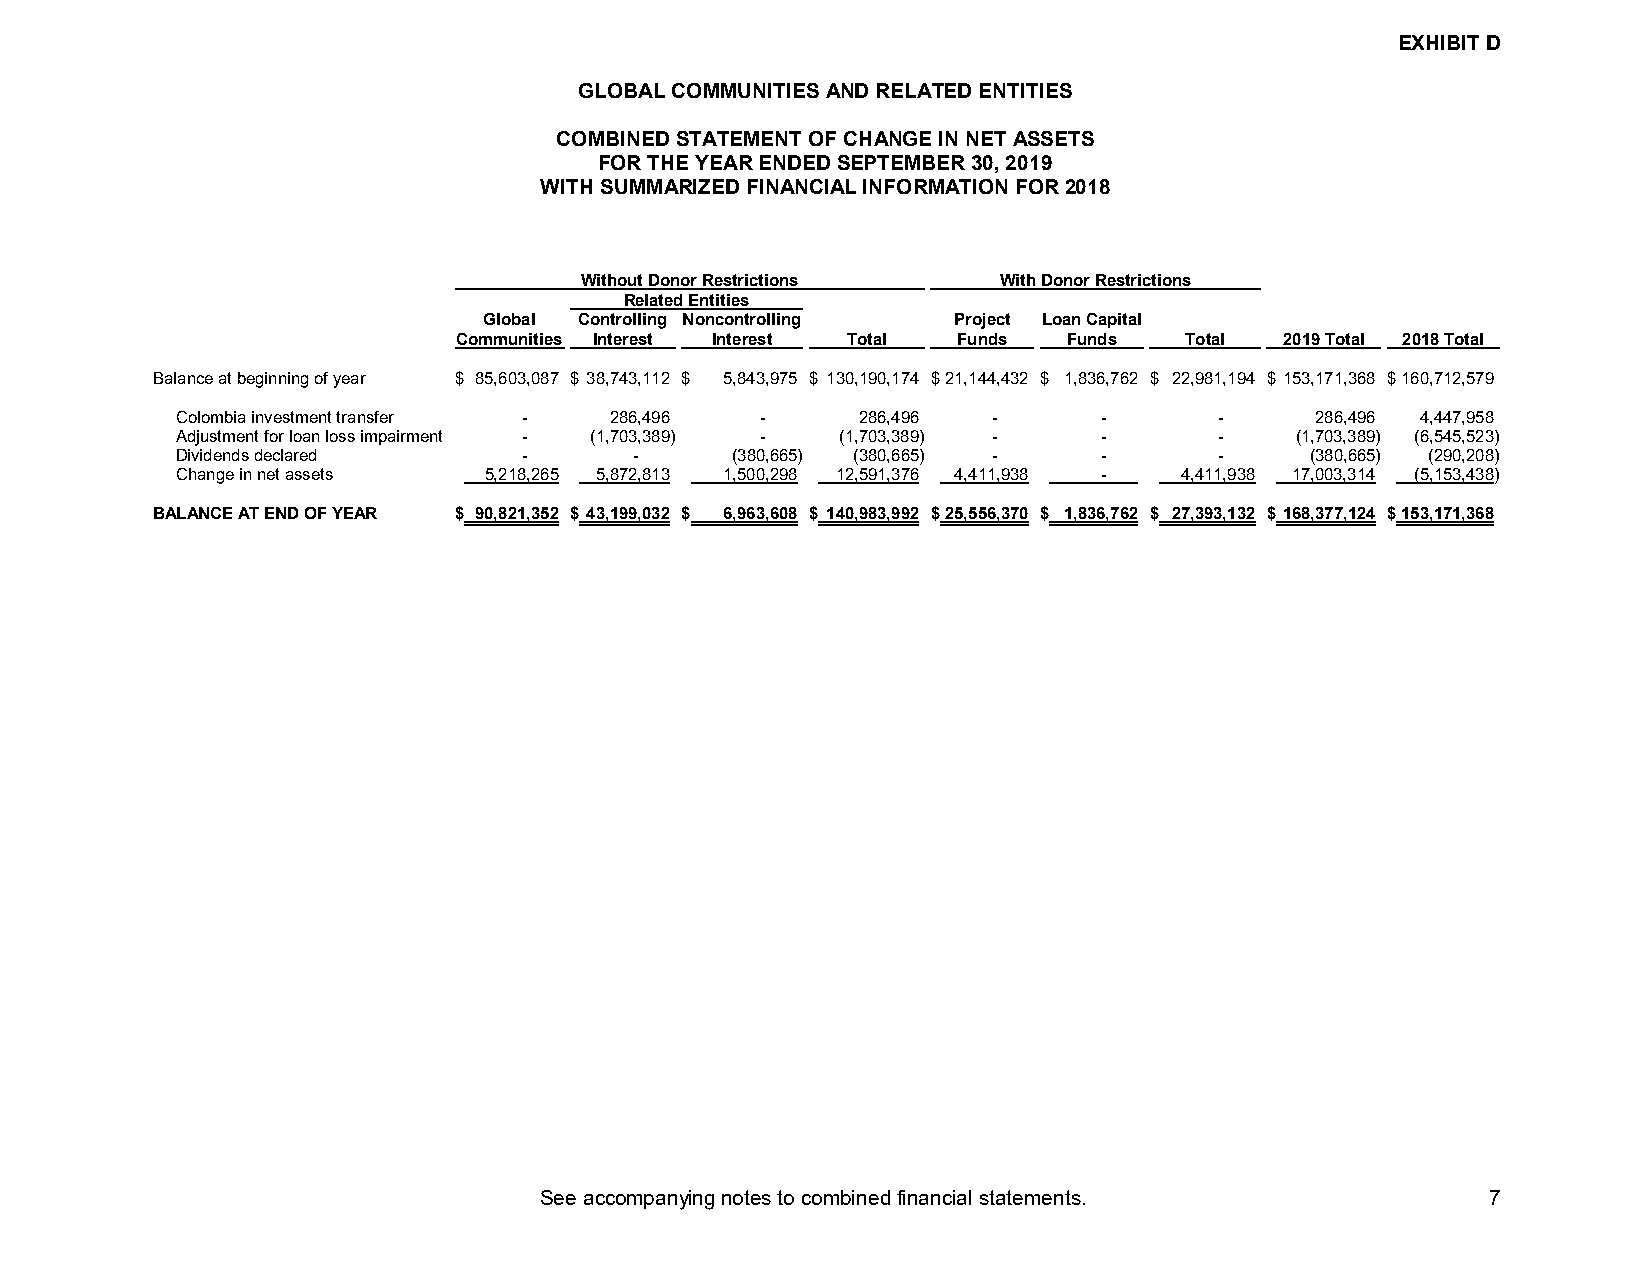
EXHIBIT D
 GLOBAL COMMUNITIES AND RELATED ENTITIES
 COMBINED STATEMENT OF CHANGE IN NET ASSETS
 FOR THE YEAR ENDED SEPTEMBER 30, 2019
 WITH SUMMARIZED FINANCIAL INFORMATION FOR2018
 Without Donor Restrictions  With Donor Restrictions
 Related Entities
 Global Controlling Noncontrolling Project Loan Capital
 Communities Interest Interest Total Funds Funds Total  2019 Total 2018 Total
 Balance at beginning of year $ 85,603,087 $ 38,743,112 $ 5,843,975 $ 130,190,174 $21,144,432 $ 1,836,762 $ 22,981,194 $ 153,171,368 $160,712,579
 Colombia investment transfer - 286,496 -     286,496  -      -       -     286,496 4,447,958
 Adjustment for loan loss impairment - (1,703,389) - (1,703,389) - -  -    (1,703,389) (6,545,523)
 Dividends declared     -      -     (380,665) (380,665) -    -       -     (380,665) (290,208)
 Change in net assets 5,218,265 5,872,813 1,500,298 12,591,376 4,411,938 - 4,411,938 17,003,314 (5,153,438)
 BALANCE AT END OF YEAR $ 90,821,352 $ 43,199,032 $ 6,963,608 $ 140,983,992 $25,556,370 $ 1,836,762 $ 27,393,132 $ 168,377,124 $153,171,368
 See accompanying notes to combined financial statements.       7